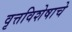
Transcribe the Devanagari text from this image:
वृत्तविशेषाचे